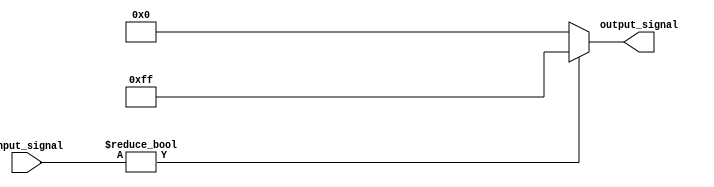
module conditional_operator_assignment (
    input wire [3:0] input_signal,  // 4-bit input signal
    output reg [7:0] output_signal   // 8-bit output signal
);

    always @(*) begin
        // Conditional operator assignment
        output_signal = (input_signal != 4'b0000) ? 8'hFF : 8'h00; // Assign 255 if true, otherwise 0
    end

endmodule